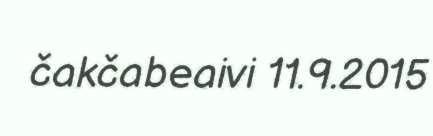
čakčabeaivi 11.9.2015